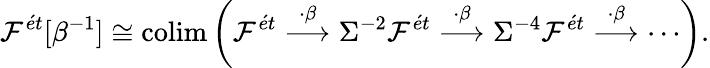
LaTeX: \mathcal{F}^{\acute{e}t}[\beta^{-1}]\cong\operatorname*{colim}\left(\mathcal{F}^{\acute{e}t}\overset{\cdot\beta}{\longrightarrow}\Sigma^{-2}\mathcal{F}^{\acute{e}t}\overset{\cdot\beta}{\longrightarrow}\Sigma^{-4}\mathcal{F}^{\acute{e}t}\overset{\cdot\beta}{\longrightarrow}\cdots\right)\mathrm{.}